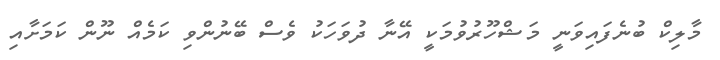
މާލިކް ބުނެފައިވަނީ މަޝްހޫރުވުމަކީ އޭނާ ދުވަހަކު ވެސް ބޭނުންވި ކަމެއް ނޫން ކަމަށާއި